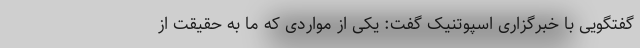
گفتگویی با خبرگزاری اسپوتنیک گفت: یکی از مواردی که ما به حقیقت از